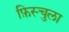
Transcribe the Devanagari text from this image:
फ़िस्चुला